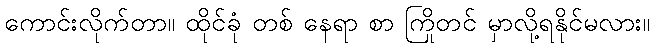
ကောင်းလိုက်တာ။ ထိုင်ခုံ တစ် နေရာ စာ ကြိုတင် မှာလို့ရနိုင်မလား။